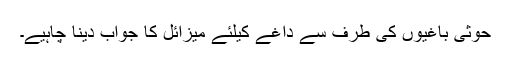
حوثی باغیوں کی طرف سے داغے کیلئے میزائل کا جواب دینا چاہیے۔